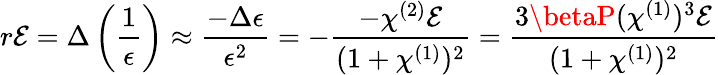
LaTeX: r\mathcal{E}=\Delta\left(\frac{{1}}{{\epsilon}}\right)\approx\frac{{-\Delta\epsilon}}{{\epsilon^{2}}}=-\frac{{-\chi^{(2)}\mathcal{E}}}{{(1+\chi^{(1)})^{2}}}=\frac{{3\betaP(\chi^{(1)})^{3}\mathcal{E}}}{{(1+\chi^{(1)})^{2}}}